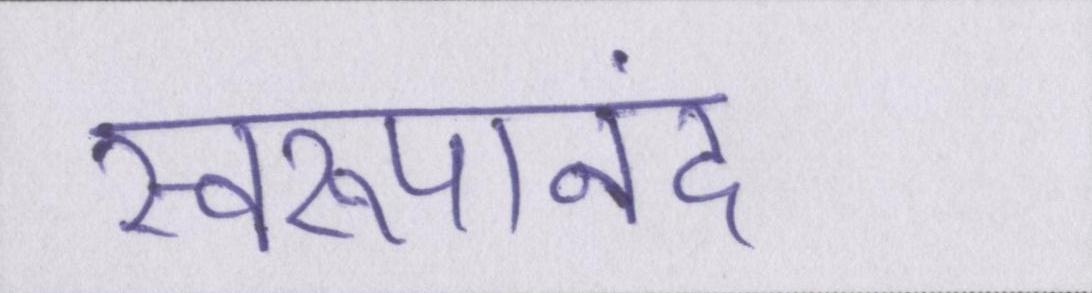
स्वरूपानंद